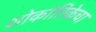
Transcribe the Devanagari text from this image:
शोकांतिकेचा